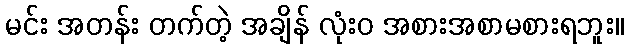
မင်း အတန်း တက်တဲ့ အချိန် လုံးဝ အစားအစာမစားရဘူး။